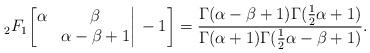
LaTeX: \begin{align*}{}_2F_1\bigg[\begin{matrix} \alpha&\beta\\ &\alpha-\beta+1\end{matrix}\bigg|\,-1\bigg]=\frac{\Gamma(\alpha-\beta+1)\Gamma(\frac12\alpha+1)}{\Gamma(\alpha+1)\Gamma(\frac{1}{2}\alpha-\beta+1)}.\end{align*}